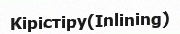
Кірістіру(Inlining)